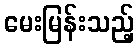
မေးမြန်းသည့်